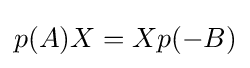
p(A)X=Xp(-B)